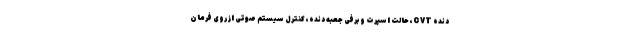
دنده CVT، حالت اسپرت و برفی جعبه دنده، کنترل سیستم صوتی از روی فرمان